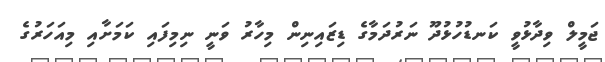
ޖަމީލް ވިދާޅުވީ ކަނޑުހުޅުދޫ ނަރުދަމާގެ ޑިޒައިނިން މިހާރު ވަނީ ނިމިފައި ކަމަށާއި މިއަހަރުގެ